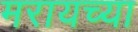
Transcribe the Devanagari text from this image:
मरायच्या